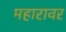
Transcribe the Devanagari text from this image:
महारावर